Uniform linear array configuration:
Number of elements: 12
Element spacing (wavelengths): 0.5
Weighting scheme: cosine
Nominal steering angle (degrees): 15
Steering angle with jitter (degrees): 15.39
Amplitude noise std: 0.05
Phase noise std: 0.05

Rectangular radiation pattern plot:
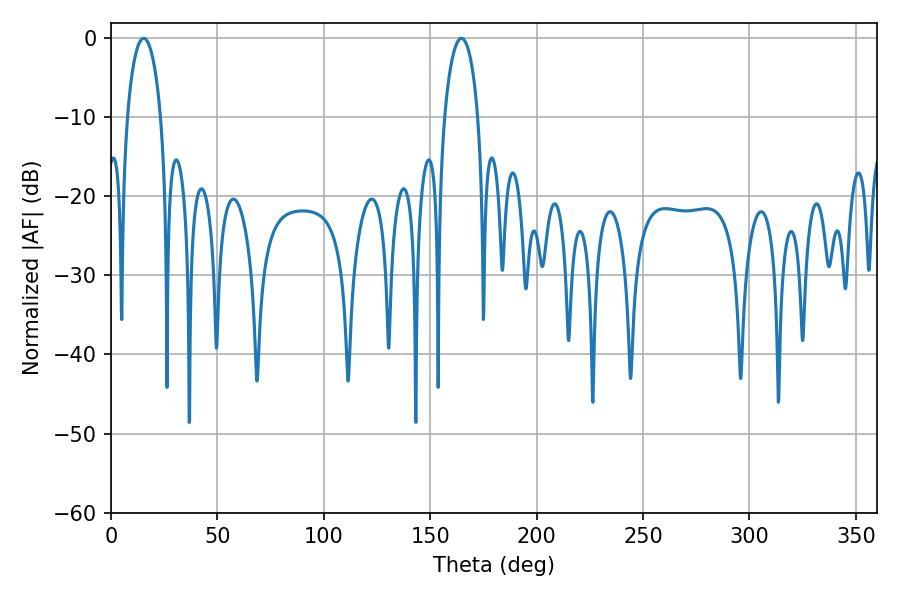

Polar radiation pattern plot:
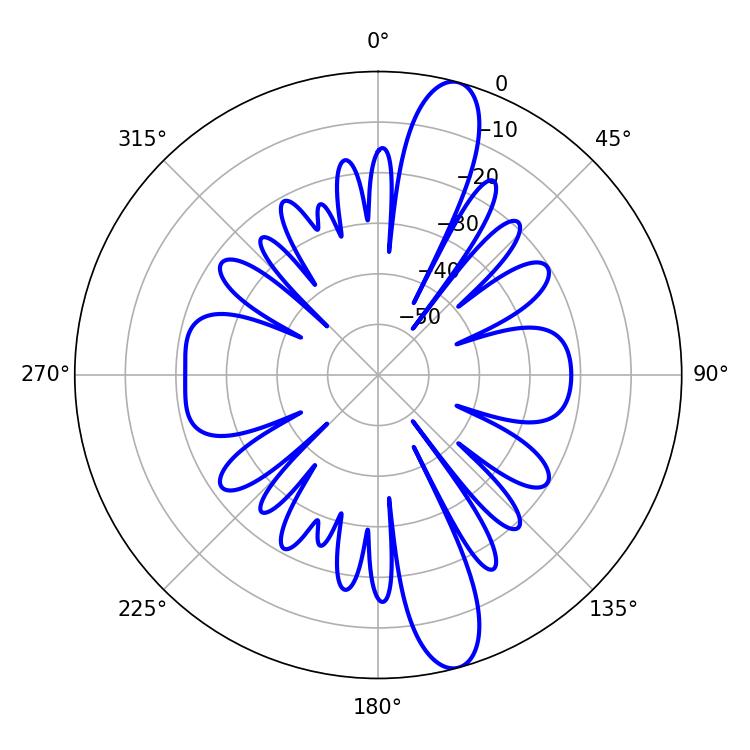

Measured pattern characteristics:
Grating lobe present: FALSE
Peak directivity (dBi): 13.507
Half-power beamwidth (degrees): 9.18
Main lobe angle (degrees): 15.3